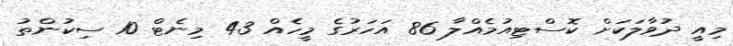
މިއީ ދުވާލަކަށް ކޮސްޓިއުމެއްލާ 86 އަހަރުގެ މީހެއް 43 މިނެޓް 10 ސިކުންތު